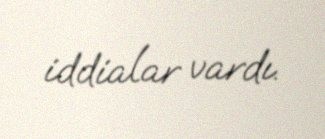
iddialar vardı.